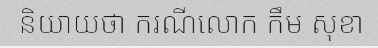
និយាយថា ករណីលោក កឹម សុខា